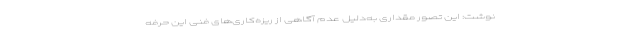
نوشت: این تصور مقداری به‌دلیل عدم آگاهی از ریزه‌کاری‌های فنی این حرفه